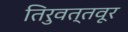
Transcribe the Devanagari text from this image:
तिरुवत्तवूर